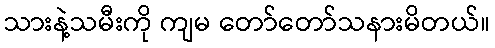
သားနဲ့သမီးကို ကျမ တော်တော်သနားမိတယ်။